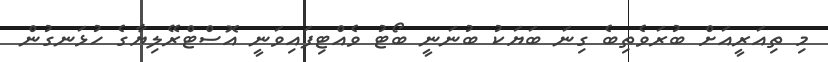
މި ތިއަރީއަށް ބުރަވެތިބެ ގިނަ ބަޔަކު ބުނަނީ ބޯޓު ވެއްޓިފައިވަނީ އޮސްޓްރޭލިޔާގެ ހުޅަނގުން